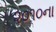
૨૦૧૦ના